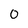
Character: O